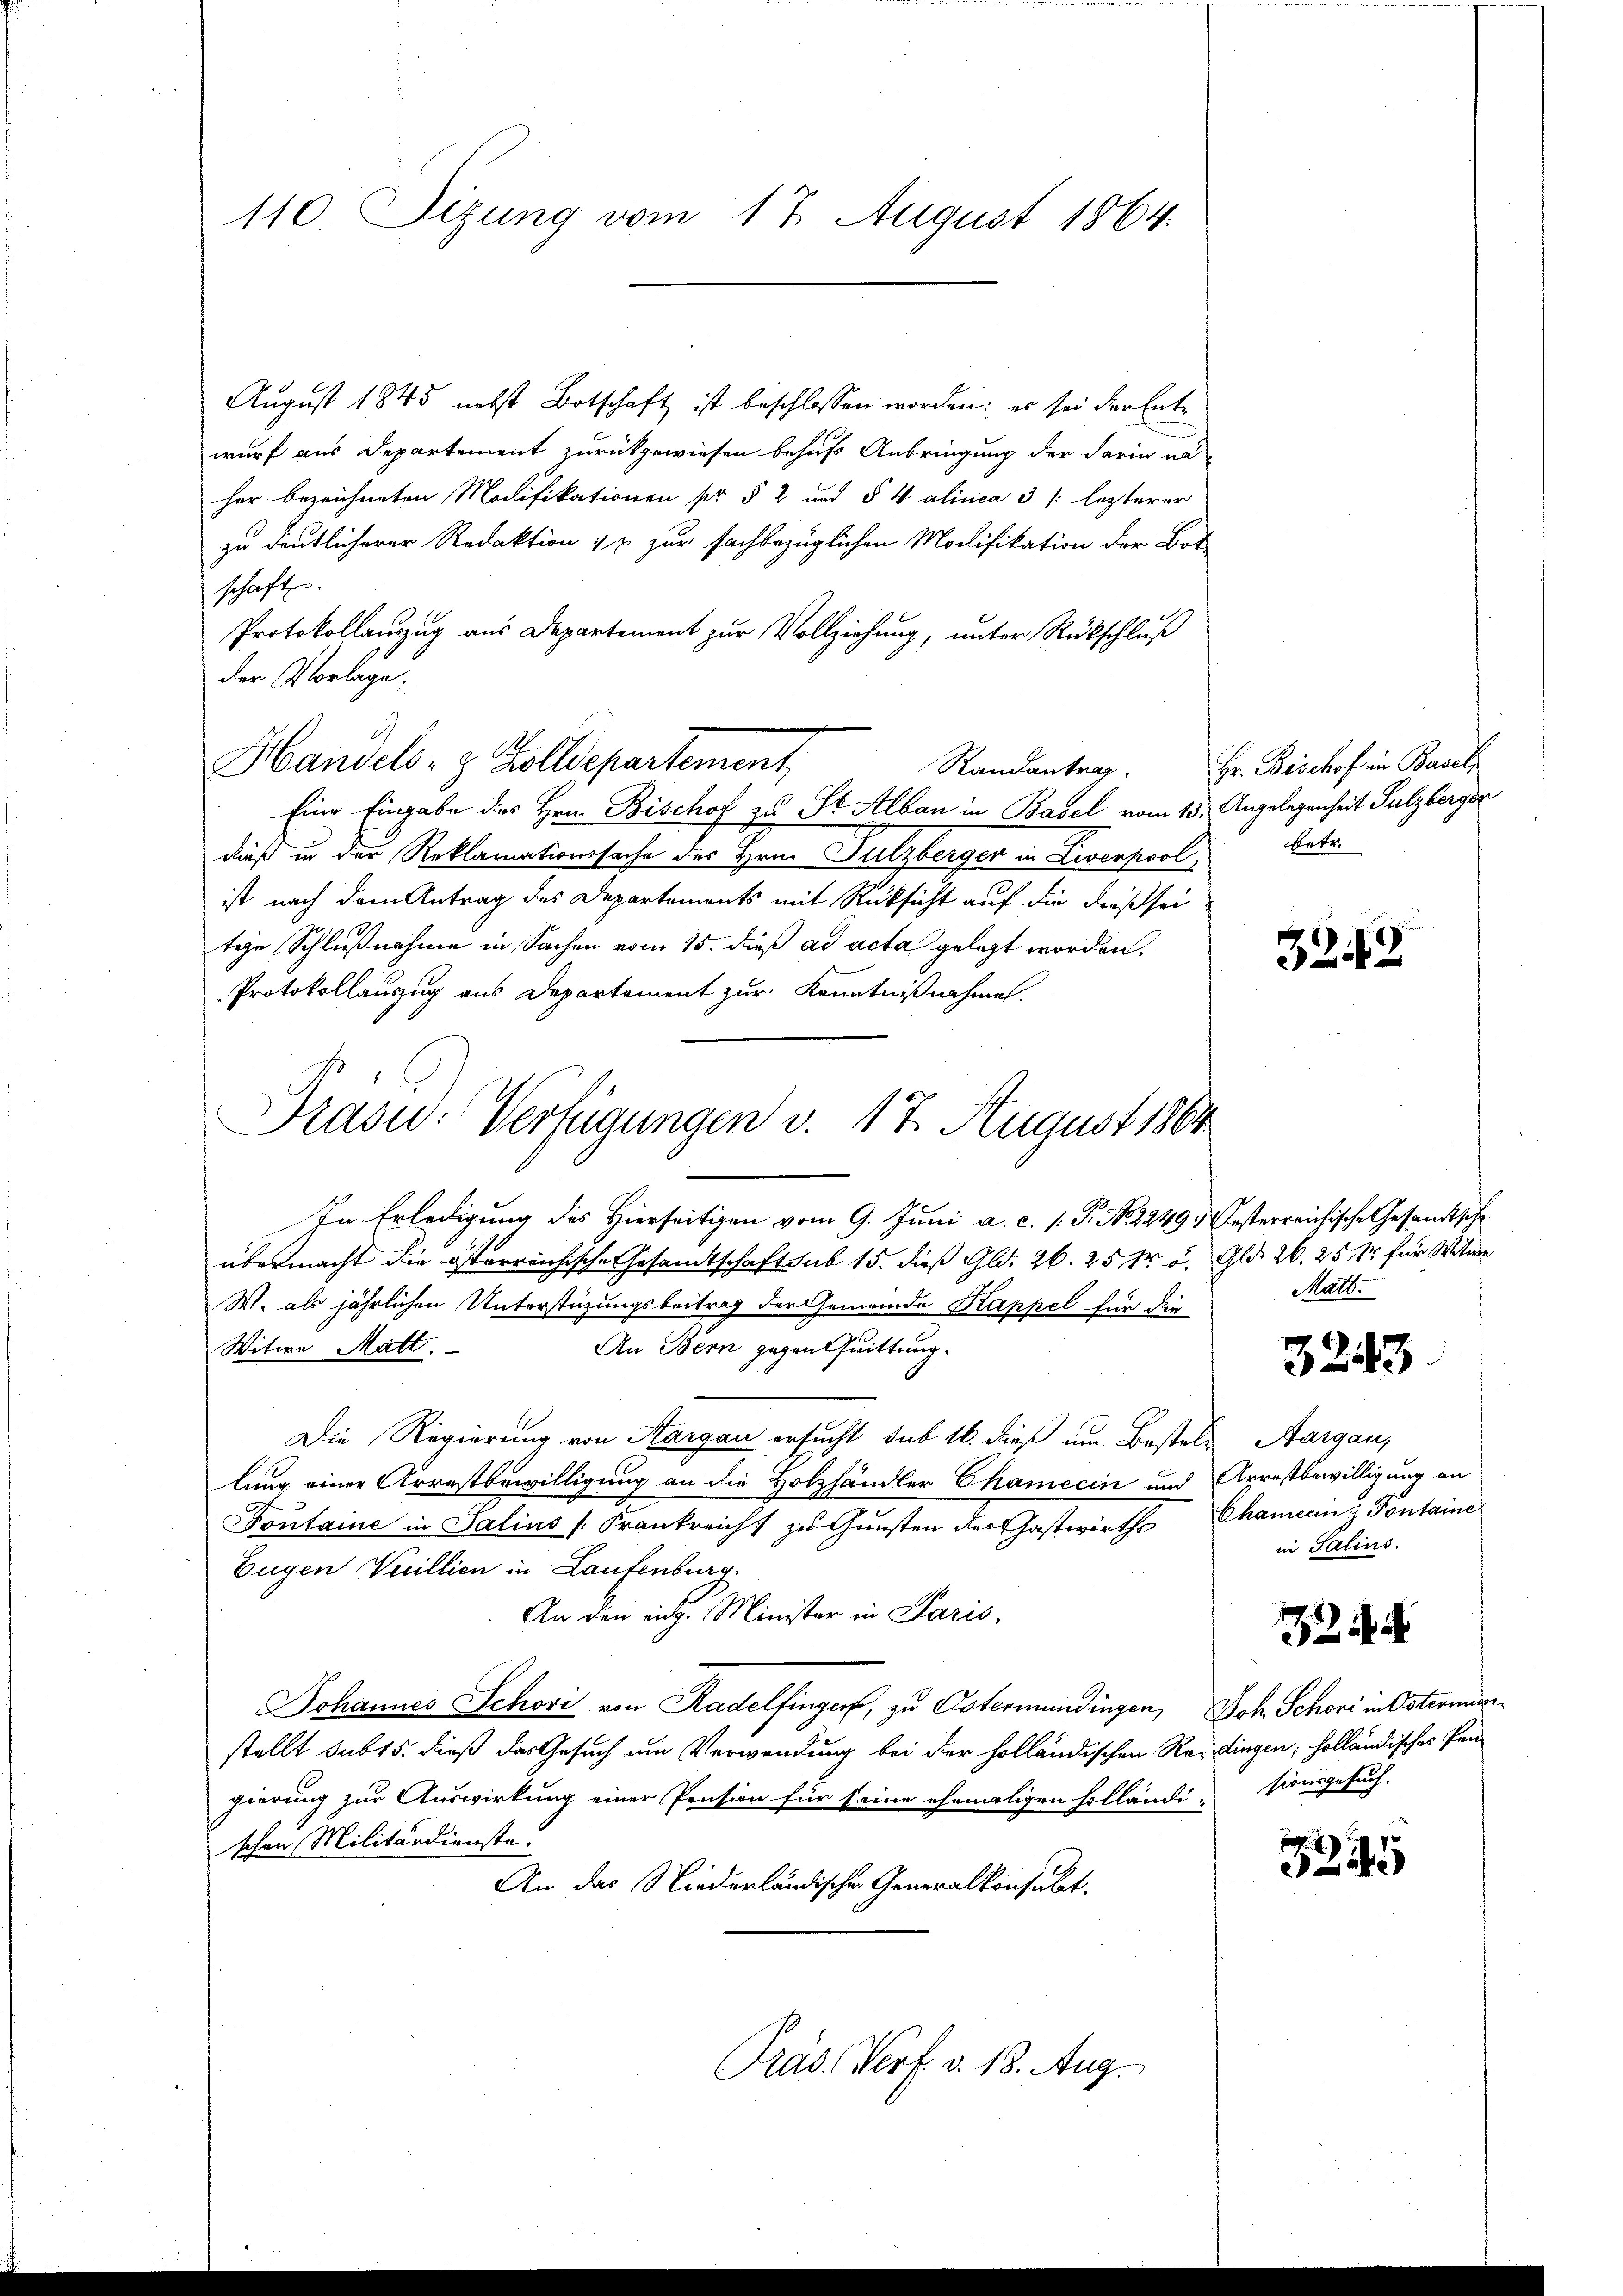
110. Sizung vom 17. August 1864.

August 1845 nebst Botschaft ist beschlossen worden; es sei der Entwurf aus Departement zurückgewiesen behufs Anbringung der darin na
her bezeichneten Modifikationen pr § 2 und § 4 alinea 3 /: lezterer
zu deutlicherer Redaktion 4 x zur sachbezüglichen Modifikation der Bote
schaft.
Protokollauszug aus Departement zur Vollziehung, unter Rückschluß
der Vorlage,
Handels- & Zolldepartement
Randantrag.
Eine Eingabe des Hrn. Bischof zu St. Albau in Basel vom 15. Angelegenheit Sulzberger
dieß in der Reklamationssache des Hrn. Sulzberger in Liverpool,
ist nach dem Antrag des Departements mit Rücksicht auf die dieß sei
tie Schlußnahme in Sachen vom 15. dieß ad acta gelegt worden.
Protokollauszug aus Departement zur Kenntnißnahmen.
In Erledigung des Hierseitigen vom 9. Juni a. c. 1. P. No 1249 festerreichische Gesandtsche
übermacht die österreichische Gesandtschaft sub 15. dieß Gld. 26. 25 t u. Gld. 26. 25 Xr für Witwe
W. als jährlichen Unterstüzungsbeitrag der Gemeinde Kappel für die
An Bern gegen Quittung.
Witwe Matt.
Die Regierung von Aargau ersucht sub 16. dieß um Bestels Aargau,
lung einer Arrestbewilligung an die Holzhändler Chamecin und Arrestbewilligung an
Fontaine in Salins (Frankreicht zu Gunsten der Gastwirths Chamerin z Pontaine
Eugen Vuillien in Laufenburg
An den eidg. Minister in Paris,
Johannes Schori von Radelfinger, zu Ostermandingen, Joh. Schori in Ostermin
stellt sub 15. dieß das Gesuch um Verwendung bei der holländischen Reisingen; holländisches Pangierung zur Auswirkung einer Pension für seine ehemaligen Holländi-sionsgesuch-
schen Militärdienste.
An das Niederländische Generalkonsult.
Präs. Verf. v. 18. Aug.

Prasid. Verfügungen v. 17. August 1864

Hr. Bischof in Baseli
betr.

3249

Matt.

3243

in Salins.

2

324